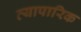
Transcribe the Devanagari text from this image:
व्‍यापारिक